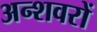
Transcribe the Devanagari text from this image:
अन्शवरों